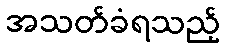
အသတ်ခံရသည့်